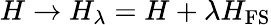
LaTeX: H\rightarrow H_{\lambda}=H+\lambda H_{\mathrm{FS}}